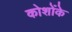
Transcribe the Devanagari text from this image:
कोशोंके